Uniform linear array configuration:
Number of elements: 16
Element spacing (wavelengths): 0.75
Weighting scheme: cosine
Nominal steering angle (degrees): -60
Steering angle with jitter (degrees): -58.701
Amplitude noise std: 0.05
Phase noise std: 0.05

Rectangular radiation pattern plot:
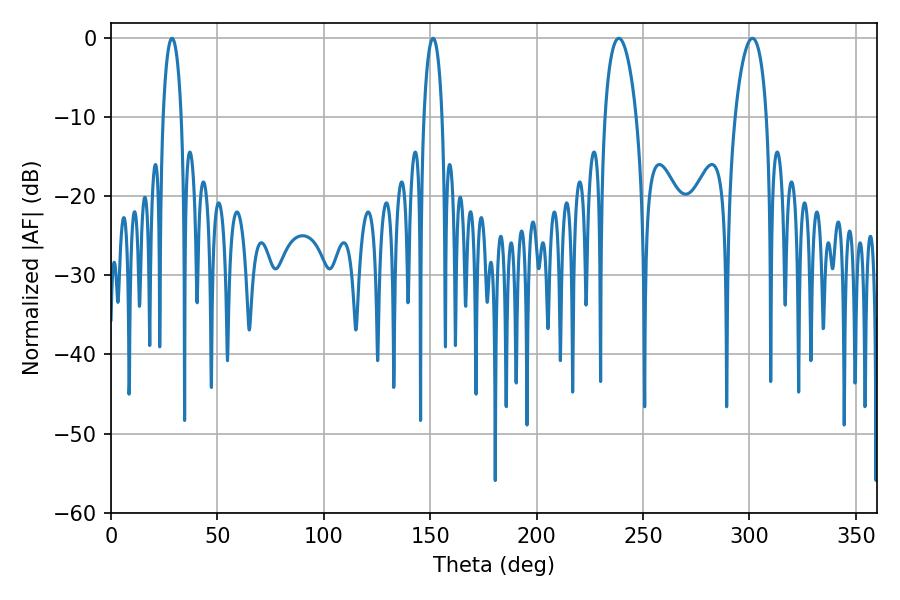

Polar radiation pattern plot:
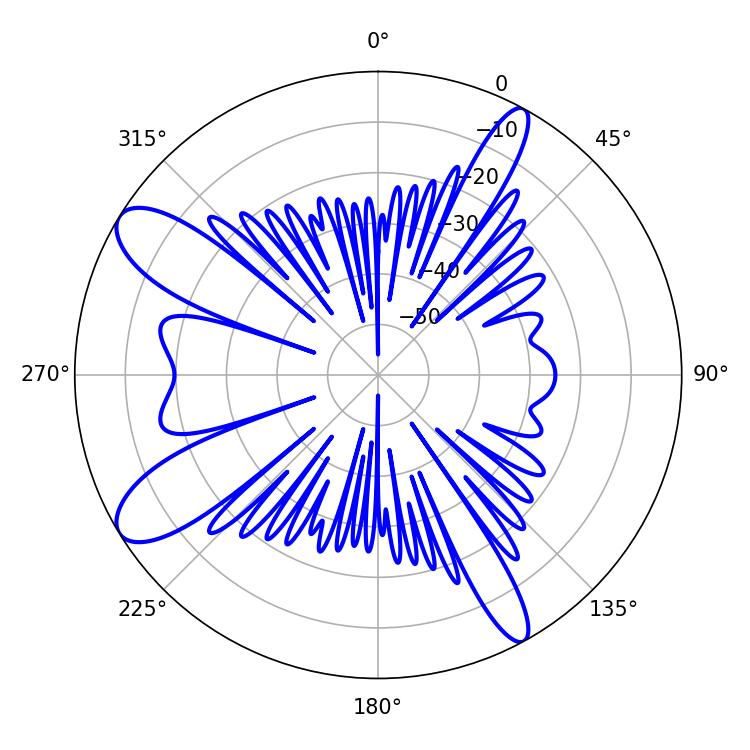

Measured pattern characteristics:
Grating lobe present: TRUE
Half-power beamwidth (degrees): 8.28
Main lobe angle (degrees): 238.68